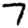
Digit: 7